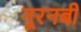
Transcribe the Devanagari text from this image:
नूरनबी